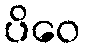
ပိဝေ